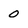
Character: 0